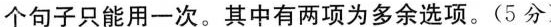
个句子只能用一次.其中有两项为多余选项.(5分)